system: You are a helpful assistant.
user:
Analyze the provided spectrum to determine if it is a **S-type Star**.

- **Key Indicators for S-type Star:**

    - **(Overall Spectrum Shape):** The first and most obvious characteristic is the overall continuum (the "baseline" shape). It is **extremely "red-sloping,"** meaning the flux (light intensity) is very low on the left side (blue, ~4000-4500 Å) and rises steeply and continuously toward the right side (red, ~7000 Å+).

    - **(Primary):** The spectrum is defined by the presence of strong, broad molecular absorption "valleys" (bands) from **Zirconium Oxide (ZrO)**. The identification of these bands is the **primary requirement** for classifying a star as S-type.
        - **(Key Bandheads):** You must find distinct, deep "dips" where the light has been absorbed. The most critical band systems to locate are:
            - **~6474 Å** ($\gamma$-system): This is often the strongest and clearest ZrO feature, found in the red part of the spectrum.
            - **~5718 Å** & **~5551 Å** ($\beta$-system): A pair of prominent absorption features in the yellow-orange part of the spectrum.
            - **~4640 Å** ($\alpha$-system): A key absorption band system in the blue-green region of the spectrum.

    - **(Secondary Confirmation):** The classification is strengthened by finding additional absorption bands from other related heavy element oxides, which are expected to be present alongside ZrO.
        - **(Key Bandheads):**
            - **Yttrium Oxide (YO):** Look for absorption dips near **~4800 Å** and **~6100 Å**.
            - **Lanthanum Oxide (LaO):** Additional absorption features, particularly in the red-orange part of the spectrum, are also characteristic.

    - **(Line Profile):** The combination of the steep red continuum and these numerous, deep molecular bands (ZrO, YO, etc.) gives the entire spectrum a very **"chopped-up"** or **"bumpy"** appearance. Instead of a smooth curve, the spectrum looks as though large, wide chunks of light have been "carved out" of it at the specific wavelengths listed above.

Think first, call **spectral_visualization_tool** if needed to examine features in detail, then provide your final answer. Your response must adhere to the following strict rules:
1.  **Overall Structure:** Your response must follow the format `<think>...</think> <tool_call>...</tool_call> (if a tool is used) <answer>...</answer>`.
2.  **Tool Usage Constraint:** You may only make **one** tool call per turn.
3.  **Final Answer Format:** In the `<answer>` tag, your conclusion must be inside a `\boxed{}` command (e.g., `\boxed{YES}` or `\boxed{NO}`), followed by your justification.

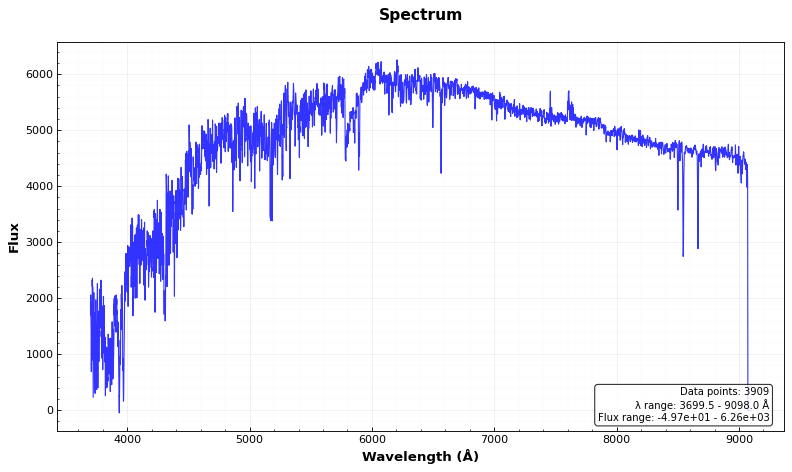
Answer: NO